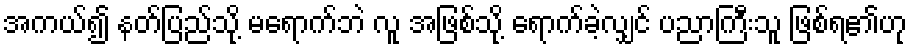
အကယ်၍ နတ်ပြည်သို့ မရောက်ဘဲ လူ အဖြစ်သို့ ရောက်ခဲ့လျှင် ပညာကြီးသူ ဖြစ်ရ၏ဟု